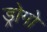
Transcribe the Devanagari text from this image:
ड्रोगो